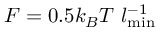
F = 0 . 5 k _ { B } T ~ l _ { \mathrm { m i n } } ^ { - 1 }